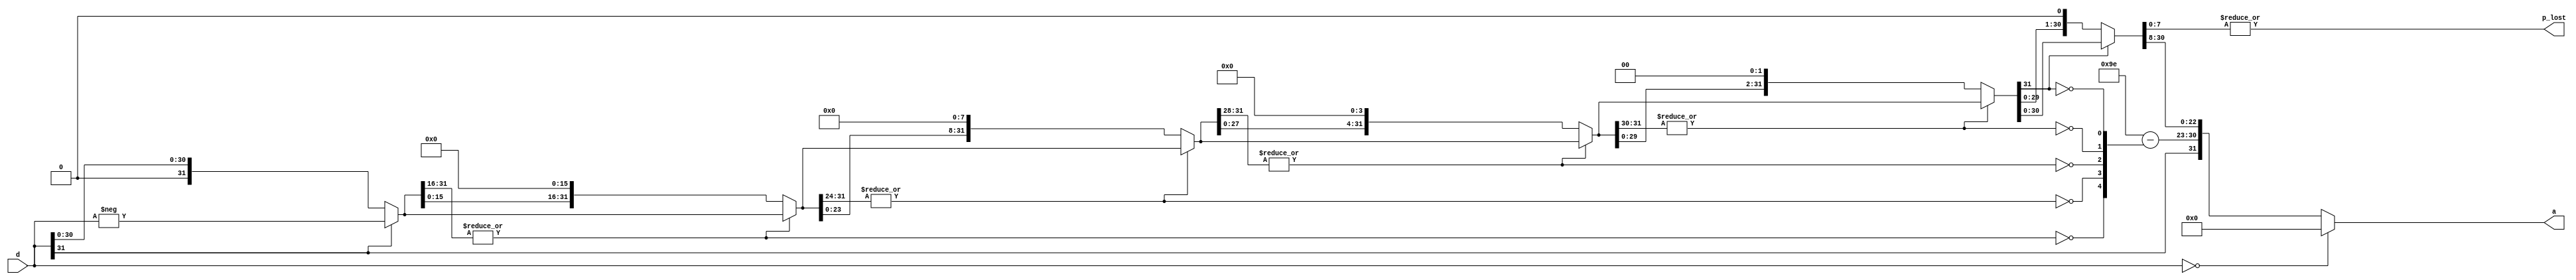
/************************************************
  The Verilog HDL code example is from the book
  Computer Principles and Design in Verilog HDL
  by Yamin Li, published by A JOHN WILEY & SONS
************************************************/
module i2f (d,a,p_lost);                         // convert integer to float
    input  [31:0] d;                             // integer
    output [31:0] a;                             // float
    output        p_lost;                        // precision lost
    wire          sign = d[31];                  // sign
    wire   [31:0] f5 = sign? -d : d;             // absolute
    wire   [31:0] f4,f3,f2,f1,f0; 
    wire    [4:0] sa;                            // shift amount (to 1.f)
    assign        sa[4] = ~|f5[31:16];           // 16-bit 0
    assign        f4 = sa[4]? {f5[15:0],16'b0} : f5;
    assign        sa[3] = ~|f4[31:24];           // 8-bit 0
    assign        f3 = sa[3]? {f4[23:0], 8'b0} : f4;
    assign        sa[2] = ~|f3[31:28];           // 4-bit 0
    assign        f2 = sa[2]? {f3[27:0], 4'b0} : f3;
    assign        sa[1] = ~|f2[31:30];           // 2-bit 0
    assign        f1 = sa[1]? {f2[29:0], 2'b0} : f2;
    assign        sa[0] = ~f1[31];               // 1-bit 0
    assign        f0 = sa[0]? {f1[30:0], 1'b0} : f1;
    assign        p_lost = |f0[7:0];             // not 0
    wire   [22:0] fraction = f0[30:8];           // f0[31] = 1, hidden bit
    wire    [7:0] exponent = 8'h9e - {3'h0,sa};  // 0x9e = 158 = 127 + 31
    assign        a = (d == 0)? 0 : {sign,exponent,fraction};
endmodule